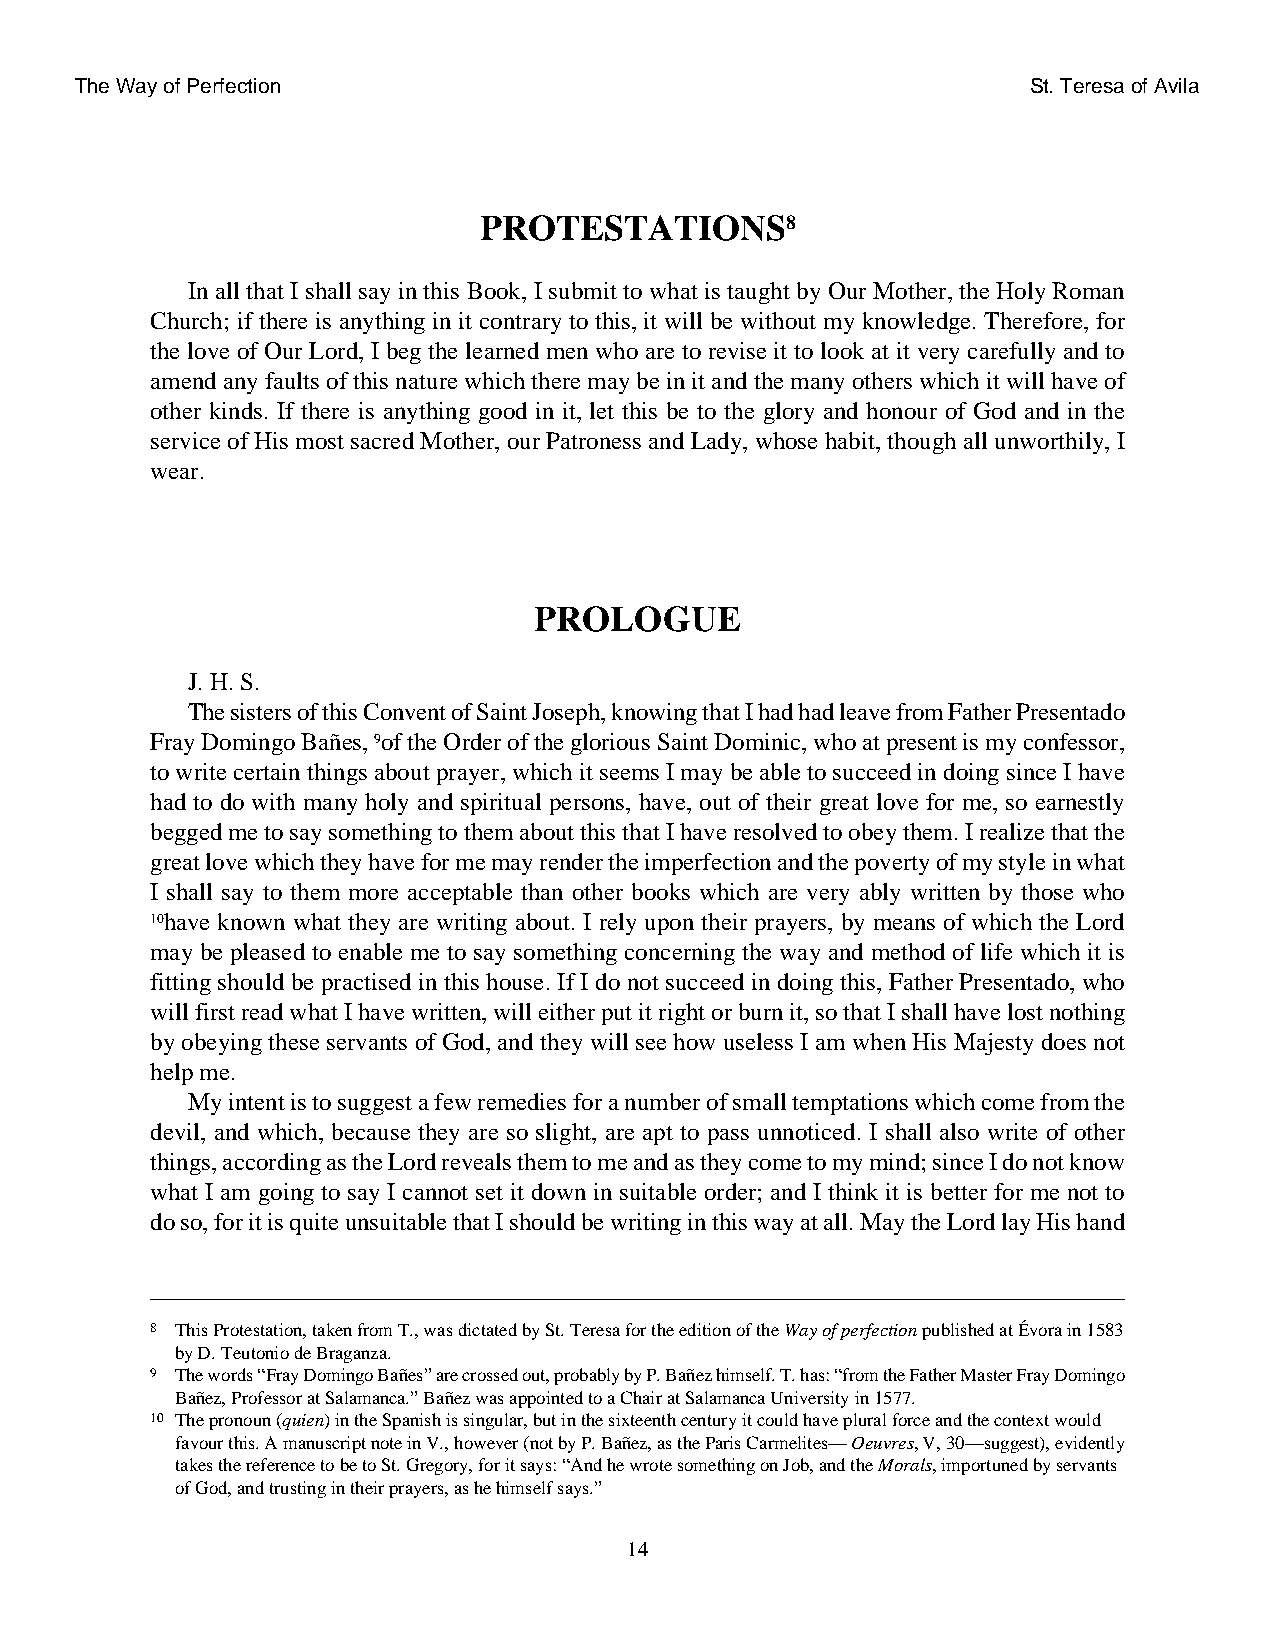
The Way of Perfection                                          St. Teresa of Avila
 PROTESTATIONS8
 In all that I shall say in this Book, I submit to what is taught by Our Mother, the Holy Roman
 Church; if there is anything in it contrary to this, it will be without my knowledge. Therefore, for
 the love of Our Lord, I beg the learned men who are to revise it to look at it very carefully and to
 amend any faults of this nature which there may be in it and the many others which it will have of
 other kinds. If there is anything good in it, let this be to the glory and honour of God and in the
 service of His most sacred Mother, our Patroness and Lady, whose habit, though all unworthily, I
 wear.
 PROLOGUE
 J. H. S.
 The sisters of this Convent of Saint Joseph, knowing that I had had leave from Father Presentado
 Fray Domingo Bañes, 9of the Order of the glorious Saint Dominic, who at present is my confessor,
 to write certain things about prayer, which it seems I may be able to succeed in doing since I have
 had to do with many holy and spiritual persons, have, out of their great love for me, so earnestly
 begged me to say something to them about this that I have resolved to obey them. I realize that the
 great love which they have for me may render the imperfection and the poverty of my style in what
 I shall say to them more acceptable than other books which are very ably written by those who
 10have known what they are writing about. I rely upon their prayers, by means of which the Lord
 may be pleased to enable me to say something concerning the way and method of life which it is
 fitting should be practised in this house. If I do not succeed in doing this, Father Presentado, who
 will first read what I have written, will either put it right or burn it, so that I shall have lost nothing
 by obeying these servants of God, and they will see how useless I am when His Majesty does not
 help me.
 My intent is to suggest a few remedies for a number of small temptations which come from the
 devil, and which, because they are so slight, are apt to pass unnoticed. I shall also write of other
 things, according as the Lord reveals them to me and as they come to my mind; since I do not know
 what I am going to say I cannot set it down in suitable order; and I think it is better for me not to
 do so, for it is quite unsuitable that I should be writing in this way at all. May the Lord lay His hand
 8 This Protestation, taken from T., was dictated by St. Teresa for the edition of the Way of perfection published at Évora in 1583
 by D. Teutonio de Braganza.
 9 The words “Fray Domingo Bañes” are crossed out, probably by P. Bañez himself. T. has: “from the Father Master Fray Domingo
 Bañez, Professor at Salamanca.” Bañez was appointed to a Chair at Salamanca University in 1577.
 10 The pronoun (quien) in the Spanish is singular, but in the sixteenth century it could have plural force and the context would
 favour this. A manuscript note in V., however (not by P. Bañez, as the Paris Carmelites— Oeuvres, V, 30—suggest), evidently
 takes the reference to be to St. Gregory, for it says: “And he wrote something on Job, and the Morals, importuned by servants
 of God, and trusting in their prayers, as he himself says.”
 14